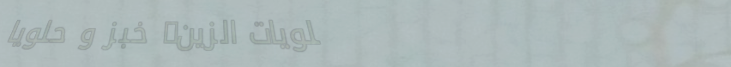
حلويات الزين: خبز و حلويا